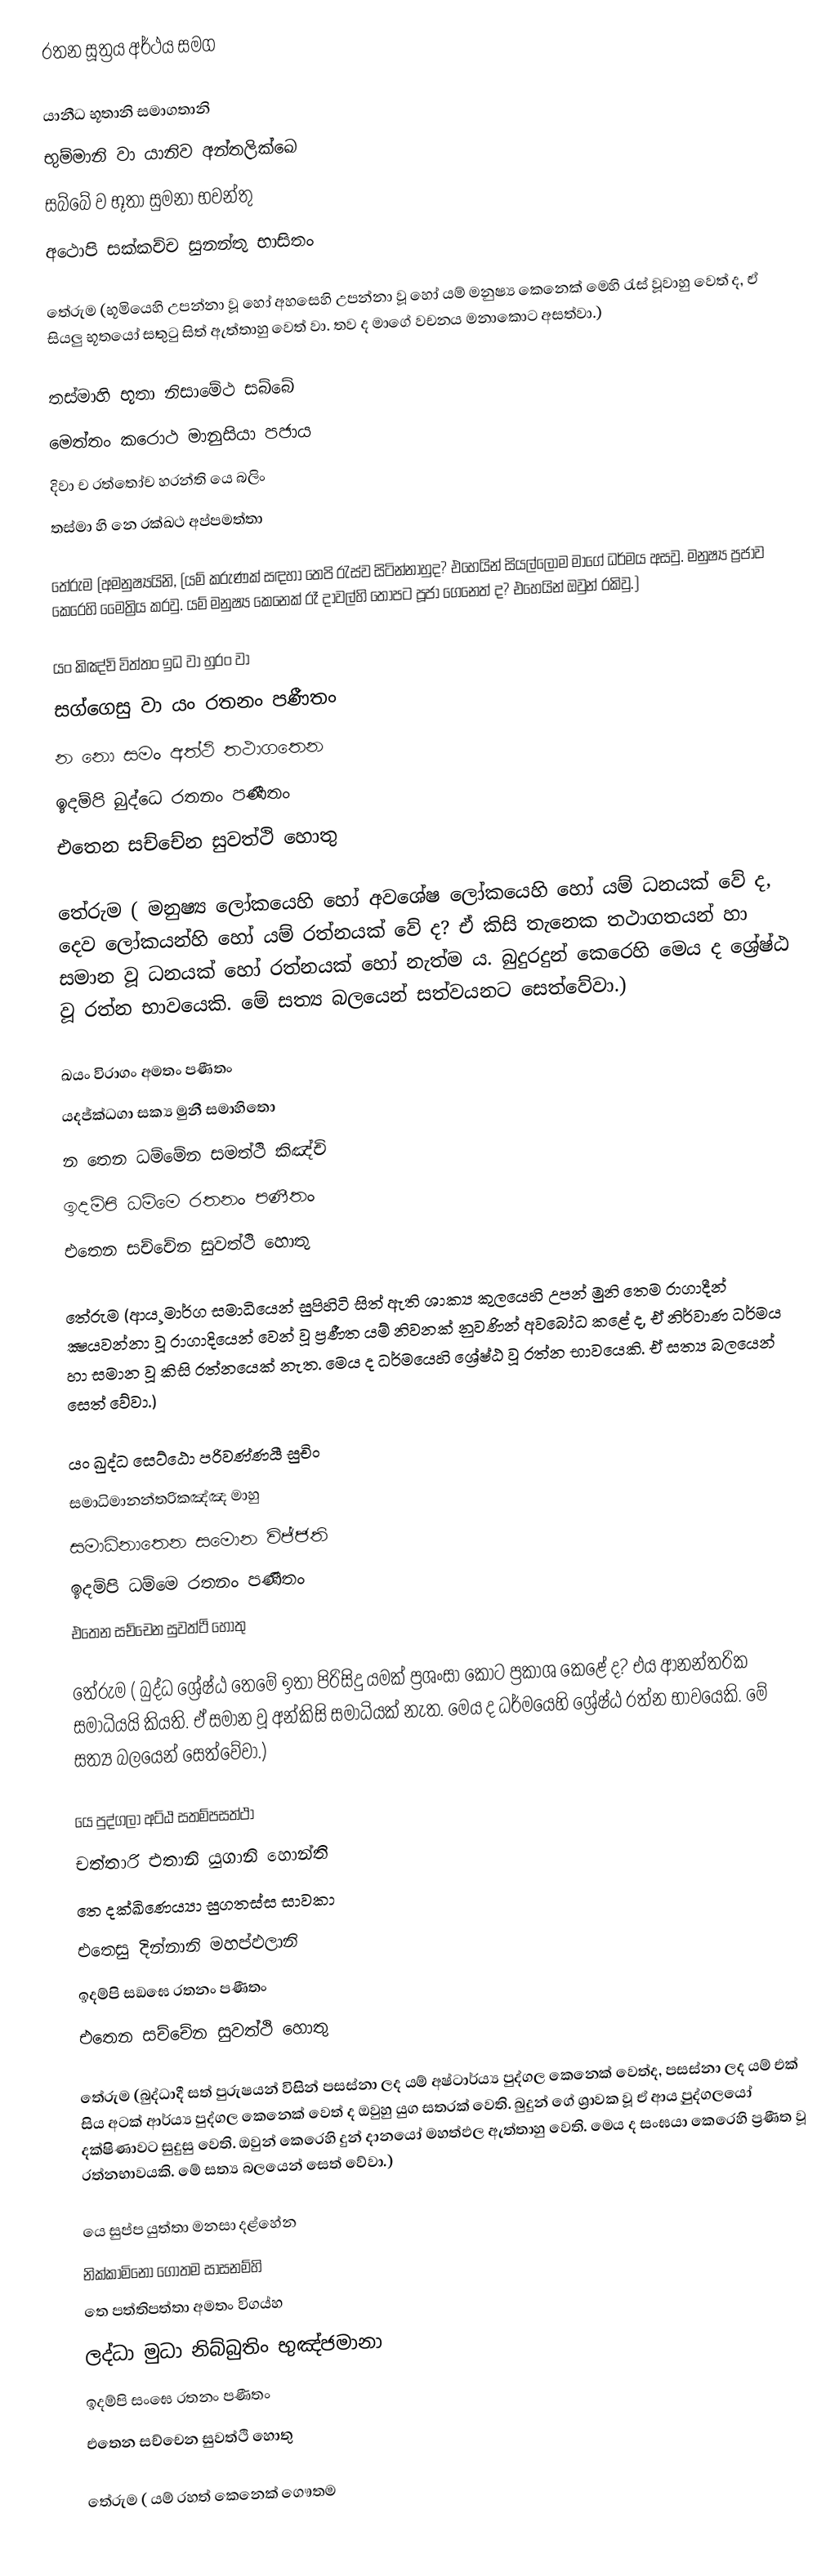
රතන සූත්‍රය අර්ථය සමග

යානීධ භූතානි සමාගතානි
භුම්මානි වා යානිව අන්තලික්ඛෙ
සබ්බේ ව භූතා සුමනා භවන්තු
අථොපි සක්කච්ච සුනන්තු භාසිතං

තේරුම  (භූමියෙහි උපන්නා වූ හෝ අහසෙහි උපන්නා වූ හෝ යම් මනුෂ්‍ය කෙනෙක් මෙහි රැස් වූවාහු වෙත් ද, ඒ සියලු භූතයෝ සතුටු සිත් ඇත්තාහු වෙත් වා. තව ද මාගේ වචනය මනාකොට අසත්වා.)

තස්මාහි භූතා නිසාමේථ සබ්බේ
මෙත්තං කරොථ මානුසියා පජාය
දිවා ච රත්තෝච හරන්ති යෙ බලිං
තස්මා හි නෙ රක්ඛථ අප්පමත්තා

තේරුම  (අමනුෂ්‍යයිනි, (යම් කරුණක් සඳහා තෙපි රැස්ව සිටින්නාහුද? එහෙයින් සියල්ලෝම මාගේ ධර්මය අසවු. මනුෂ්‍ය ප්‍රජාව කෙරෙහි මෛත්‍රිය කරවු. යම් මනුෂ්‍ය කෙනෙක් රෑ දාවල්හි තොපට පූජා ගෙනෙත් ද? එහෙයින් ඔවුන් රකිවු.)

යං කිඤ්චි විත්තං ඉධ වා හුරං වා
සග්ගෙසු වා යං රතනං පණීතං
න නො සමං අත්ථි තථාගතෙන
ඉදම්පි බුද්ධෙ රතනං පණීතං
එතෙන සච්චේන සුවත්ථි හොතු

තේරුම  ( මනුෂ්‍ය ලෝකයෙහි හෝ අවශේෂ ලෝකයෙහි හෝ යම් ධනයක් වේ ද, දෙව ලෝකයන්හි හෝ යම් රත්නයක් වේ ද? ඒ කිසි තැනෙක තථාගතයන් හා සමාන වූ ධනයක් හෝ රත්නයක් හෝ නැත්ම ය. බුදුරදුන් කෙරෙහි මෙය ද ශ්‍රේෂ්ඨ වූ රත්න භාවයෙකි. මේ සත්‍ය බලයෙන් සත්වයනට සෙත්වේවා.)

ඛයං විරාගං අමතං පණීතං
යදජ්ක්‍ධගා සක්‍ය මුනී සමාහිතො
න තෙන ධම්මේන සමත්ථි කිඤ්චි
ඉදම්පි ධම්මෙ රතනං පණීතං
එතෙන සච්චේන සුවත්ථි හොතු

තේරුම (ආය¸මාර්ග සමාධියෙන් සුපිහිටි සිත් ඇති ශාක්‍ය කුලයෙහි උපන් මුනි තෙම රාගාදීන් ක්‍ෂයවන්නා වූ රාගාදියෙන් වෙන් වූ ප්‍රණීත යම් නිවනක් නුවණින් අවබෝධ කළේ ද, ඒ නිර්වාණ ධර්මය හා සමාන වූ කිසි රත්නයෙක් නැත. මෙය ද ධර්මයෙහි ශ්‍රේෂ්ඨ වූ රත්න භාවයෙකි. ඒ සත්‍ය බලයෙන් සෙත් වේවා.)

යං ඛුද්ධ සෙට්ඨො පරිවණ්ණයී සුචිං
සමාධිමානන්තරිකඤ්ඤ මාහු
සමාධිනාතෙන සමොන විජ්ජති
ඉදම්පි ධම්මෙ රතනං පණීතං
එතෙන සච්චෙන සුවත්ථි හොතු

තේරුම ( බුද්ධ ශ්‍රේෂ්ඨ තෙමේ ඉතා පිරිසිදු යමක් ප්‍රශංසා කොට ප්‍රකාශ කෙළේ ද? එය ආනන්තරික සමාධියයි කියති. ඒ සමාන වූ අන්කිසි සමාධියක් නැත. මෙය ද ධර්මයෙහි ශ්‍රේෂ්ඨ රත්න භාවයෙකි. මේ සත්‍ය බලයෙන් සෙත්වේවා.)

යෙ පුද්ගලා අට්ඨ සතම්පසත්ථා
චත්තාරි එතානි යුගානි හොන්ති
තෙ දක්ඛිණෙය්‍යා සුගතස්ස සාවකා
එතෙසු දින්නානි මහප්ඵලානි
ඉදම්පි සඞඝෙ රතනං පණීතං
එතෙන සච්චේන සුවත්ථි හොතු

තේරුම (බුද්ධාදී සත් පුරුෂයන් විසින් පසස්නා ලද යම් අෂ්ටාර්ය්‍ය පුද්ගල කෙනෙක් වෙත්ද, පසස්නා ලද යම් එක් සිය අටක් ආර්ය්‍ය පුද්ගල කෙනෙක් වෙත් ද ඔවුහු යුග සතරක් වෙති. බුදුන් ගේ ශ්‍රාවක වූ ඒ ආය¸ පුද්ගලයෝ දක්ෂිණාවට සුදුසු වෙති. ඔවුන් කෙරෙහි දුන් දානයෝ මහත්ඵල ඇත්තාහු වෙති. මෙය ද සංඝයා කෙරෙහි ප්‍රණීත වූ රත්නභාවයකි. මේ සත්‍ය බලයෙන් සෙත් වේවා.)

යෙ සුප්ප යුත්තා මනසා දළ්හේන
නික්කාමිනො ගොතම සාසනම්හි
තෙ පත්තිපත්තා අමතං විගය්හ
ලද්ධා මුධා නිබ්බුතිං භුඤ්ජමානා
ඉදම්පි සංඝෙ රතනං පණීතං
එතෙන සච්චෙන සුවත්ථි හොතු

තේරුම ( යම් රහත් කෙනෙක් ගෞතම